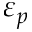
\varepsilon _ { p }